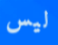
ليس